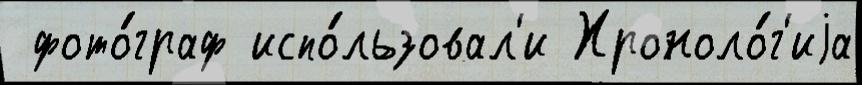
 фото́граф испо́льзовал'и Хроноло́г'иjа